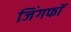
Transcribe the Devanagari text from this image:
जिंगफाॅ